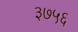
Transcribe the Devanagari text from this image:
३७५६